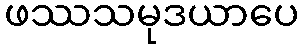
ဖဿသမုဒယာပေ